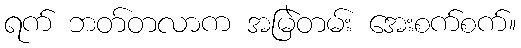
ရက် ဘတ်တလာက အမြဲတမ်း အေးစက်စက်။